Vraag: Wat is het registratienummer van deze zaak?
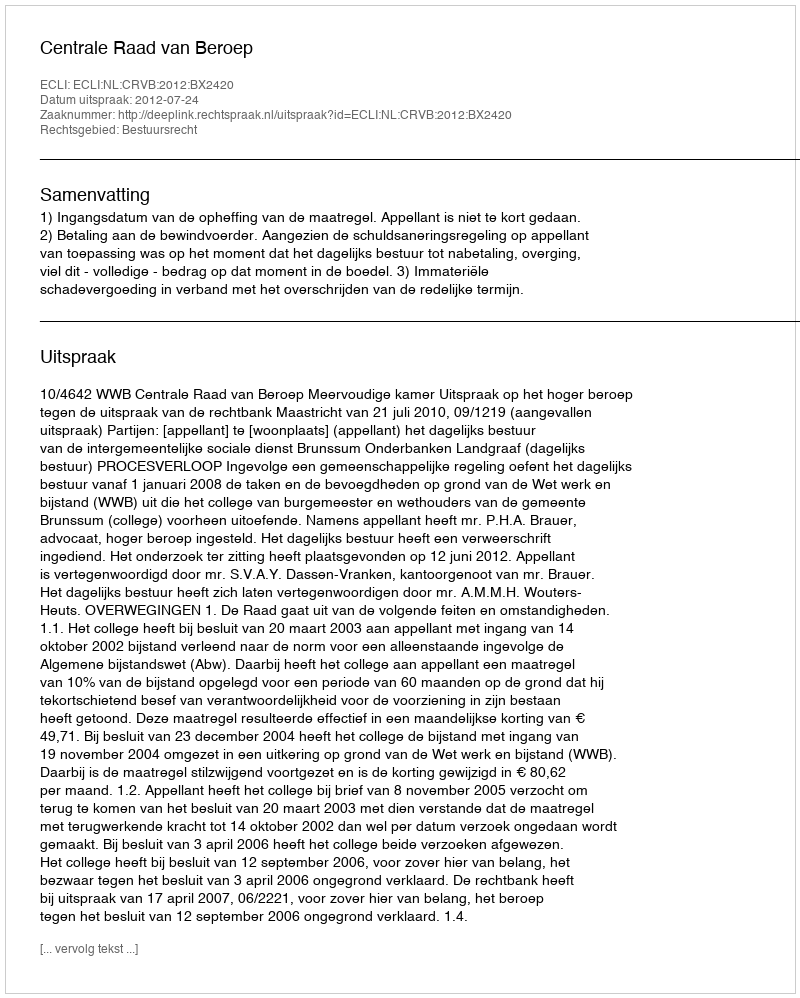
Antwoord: http://deeplink.rechtspraak.nl/uitspraak?id=ECLI:NL:CRVB:2012:BX2420